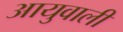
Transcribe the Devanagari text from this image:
आयुवाली